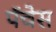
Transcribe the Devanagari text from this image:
पॅचेस